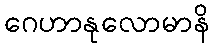
ဂေဟာနုလောမာနိ